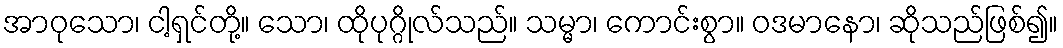
အာဝုသော၊ ငါ့ရှင်တို့။ သော၊ ထိုပုဂ္ဂိုလ်သည်။ သမ္မာ၊ ကောင်းစွာ။ ဝဒမာနော၊ ဆိုသည်ဖြစ်၍။